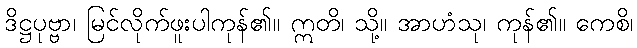
ဒိဋ္ဌပုဗ္ဗာ၊ မြင်လိုက်ဖူးပါကုန်၏။ ဣတိ၊ သို့။ အာဟံသု၊ ကုန်၏။ ကေစိ၊